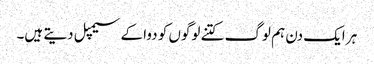
ہر ایک دن ہم لوگ کتنے لوگوں کو دوا کے سیمپل دیتے ہیں۔